Civil Veterinary Dept. Assam report 1927-50 - 1927-1950
Year: 1927
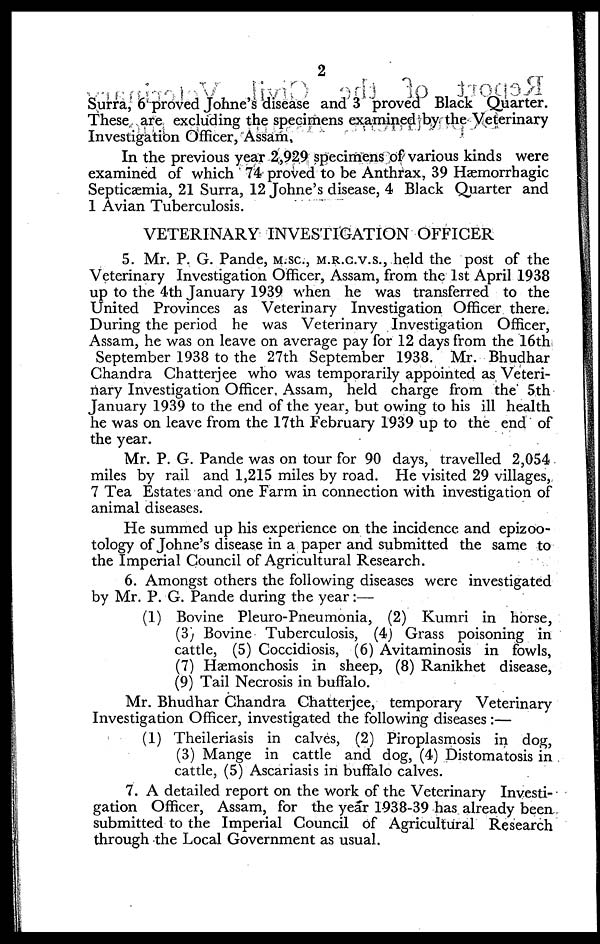
2
Surra, 6 proved Johne's disease and 3 proved Black Quarter.
These are excluding the specimens examined by the Veterinary
Investigation Officer, Assam,
In the previous year 2,929 specimens of various kinds were
examined of which 74 proved to be Anthrax, 39 Hæmorrhagic
Septicæmia, 21 Surra, 12 Johne's disease, 4 Black Quarter and
1 Avian Tuberculosis.
VETERINARY INVESTIGATION OFFICER
5. Mr. P. G. Pande, M.SC, M.R.C.V.S., held the post of the
Veterinary Investigation Officer, Assam, from the 1st April 1938
up to the 4th January 1939 when he was transferred to the
United Provinces as Veterinary Investigation Officer there.
During the period he was Veterinary Investigation Officer,
Assam, he was on leave on average pay for 12 days from the 16th
September 1.938 to the 27th September 1938. Mr. Bhudhar
Chandra Chatterjee who was temporarily appointed as Veteri-
nary Investigation Officer, Assam, held charge from the 5th
January 1939 to the end of the year, but owing to his ill health
he was on leave from the 17th February 1939 up to the end of
the year.
Mr. P. G. Pande was on tour for 90 days, travelled 2,054
miles by rail and 1,215 miles by road. He visited 29 villages,
7 Tea Estates and one Farm in connection with investigation of
animal diseases.
He summed up his experience on the incidence and epizoo-
tology of Johne's disease in a paper and submitted the same to
the Imperial Council of Agricultural Research.
6. Amongst others the following diseases were investigated
by Mr. P. G. Pande during the year:—
(1) Bovine Pleuro-Pneumonia, (2) Kumri in horse,
(3) Bovine Tuberculosis, (4) Grass poisoning in
cattle, (5) Coccidiosis, (6) Avitaminosis in fowls,
(7) Hæmonchosis in sheep, (8) Ranikhet disease,
(9) Tail Necrosis in buffalo.
Mr. Bhudhar Chandra Chatterjee, temporary Veterinary
Investigation Officer, investigated the following diseases:—
(1) Theileriasis in calves, (2) Piroplasmosis in dog,
(3) Mange in cattle and dog, (4) Distomatosis in
cattle, (5) Ascariasis in buffalo calves.
7. A detailed report on the work of the Veterinary Investi-
gation Officer, Assam, for the year 1938-39 has already been
submitted to the Imperial Council of Agricultural Research
through the Local Government as usual.